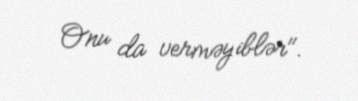
Onu da verməyiblər".